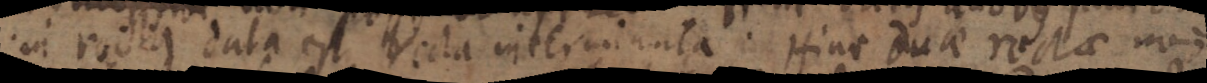
in recta data est recta interminata. Hinc duae rectae non